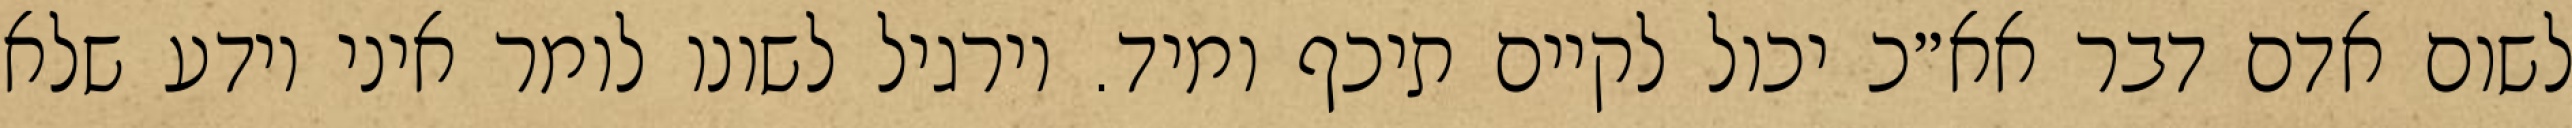
לשום אדם דבר אא״כ יכול לקיים תיכף ומיד. וירגיל לשונו לומר איני יודע שלא